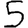
Digit: 5